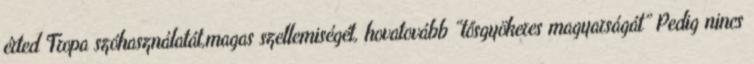
érted Tropa szóhasználatát,magas szellemiségét, hovatovább “tősgyökeres magyarságát” Pedig nincs